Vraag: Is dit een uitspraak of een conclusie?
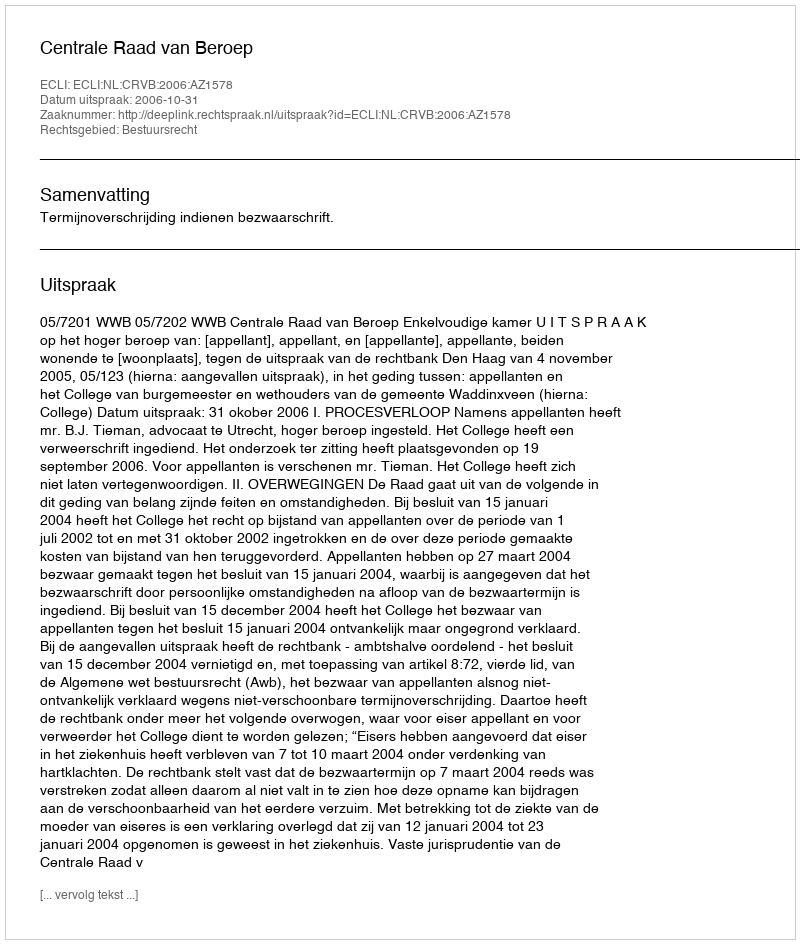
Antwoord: Uitspraak